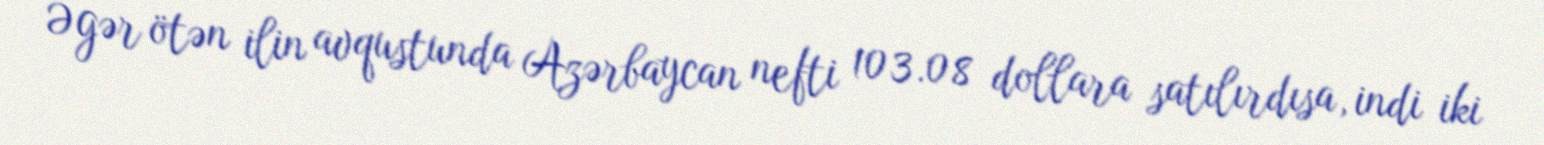
Əgər ötən ilin avqustunda Azərbaycan nefti 103.08 dollara satılırdısa, indi iki